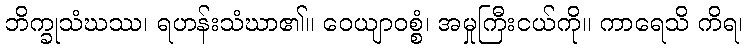
ဘိက္ခုသံဃဿ၊ ရဟန်းသံဃာ၏။ ဝေယျာဝစ္စံ၊ အမှုကြီးငယ်ကို။ ကာရေသိ ကိရ၊